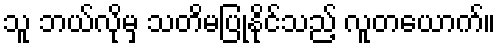
သူ ဘယ်လိုမှ သတိမပြုနိုင်သည့် လူတယောက်။